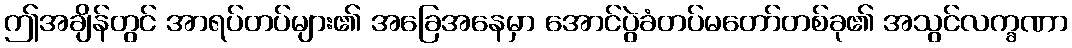
ဤအချိန်တွင် အာရပ်တပ်များ၏ အခြေအနေမှာ အောင်ပွဲခံတပ်မတော်တစ်ခု၏ အသွင်လက္ခဏာ